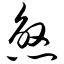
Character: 煞